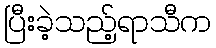
ပြီးခဲ့သည့်ရာသီက